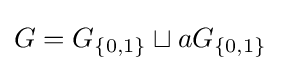
G=G_{\{0,1\}}\sqcup aG_{\{0,1\}}